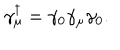
\gamma _ { \mu } ^ { \dagger } = \gamma _ { 0 } \gamma _ { \mu } \gamma _ { 0 } .